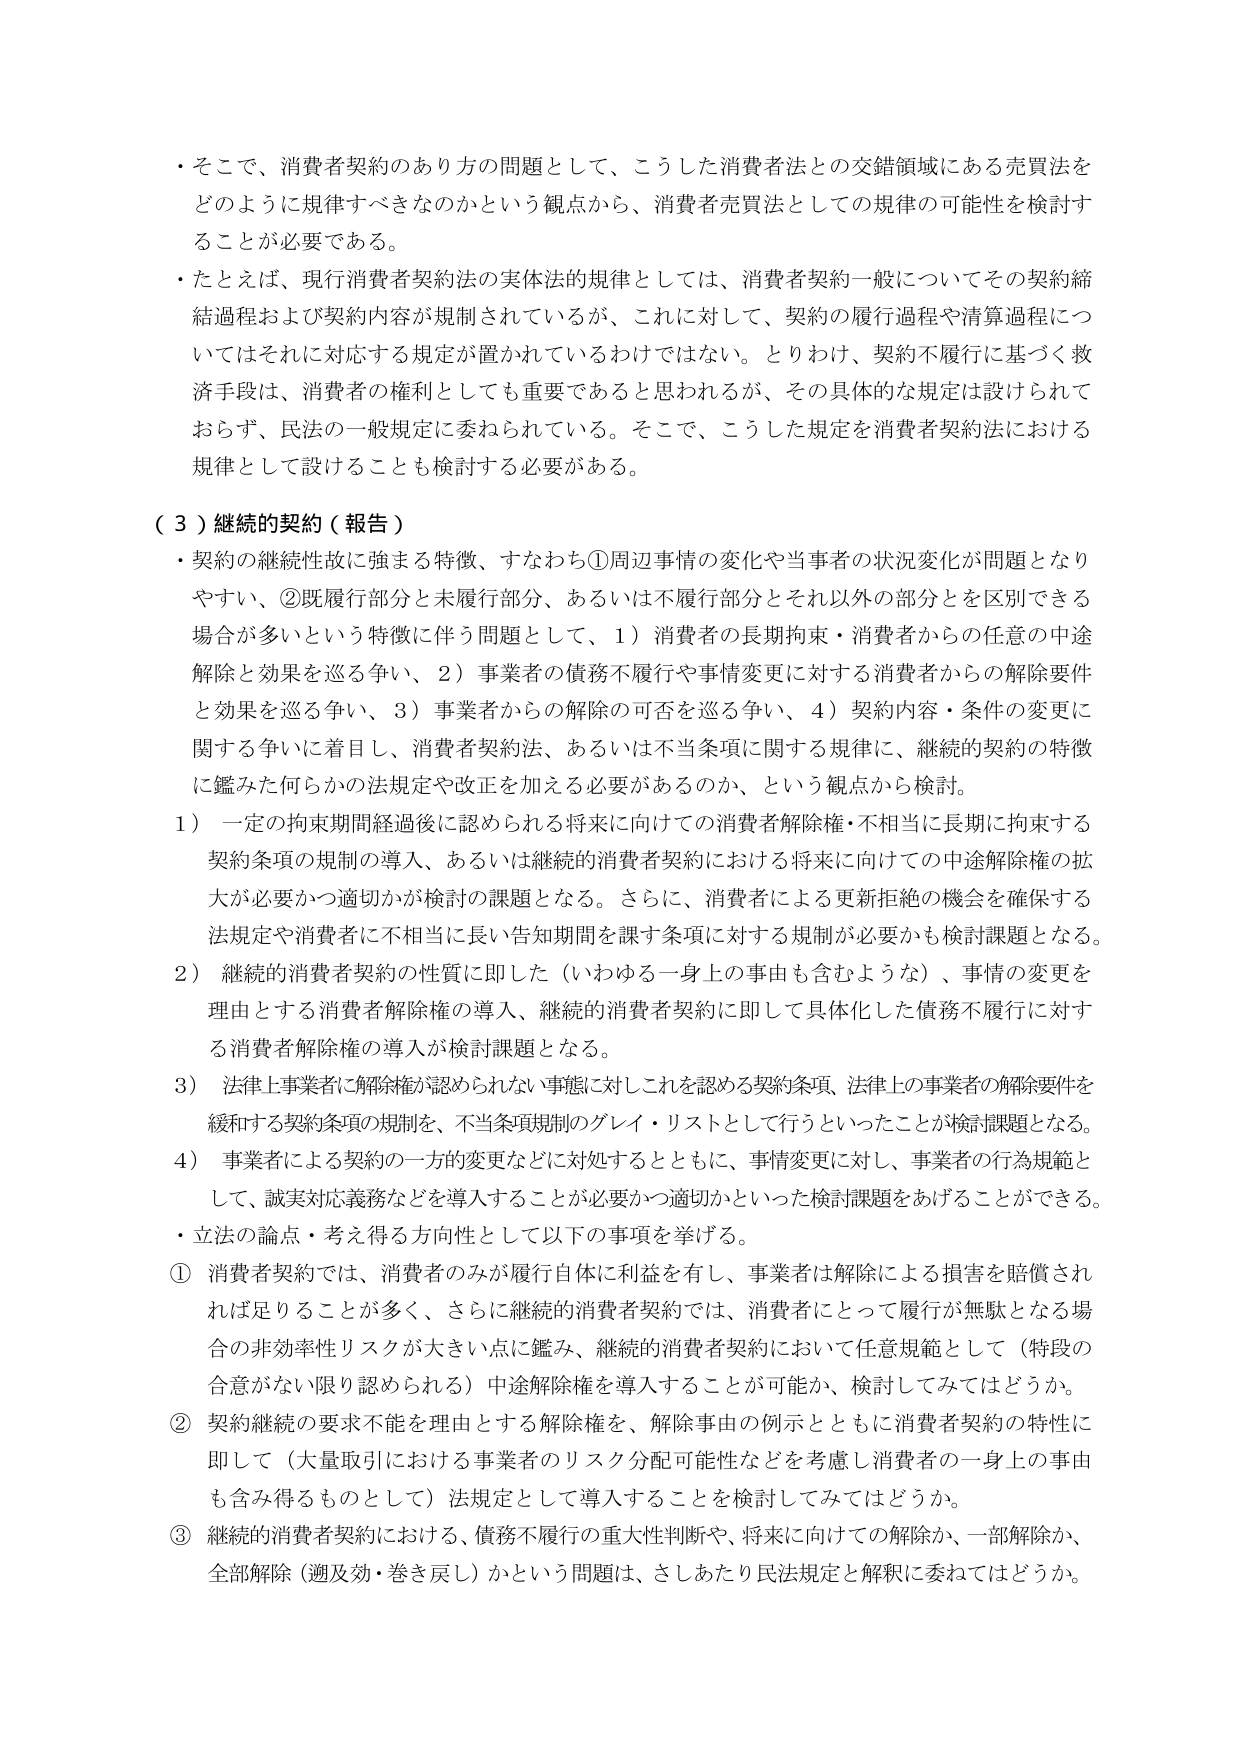
・そこで、消費者契約のあり方の問題として、こうした消費者法との交錯領域にある売買法をどのように規律すべきなのかという観点から、消費者売買法としての規律の可能性を検討することが必要である。

・たとえば、現行消費者契約法の実体法的規律としては、消費者契約一般についてその契約締結過程および契約内容が規制されているが、これに対して、契約の履行過程や清算過程についてはそれに対応する規定が置かれているわけではない。とりわけ、契約不履行に基づく救済手段は、消費者の権利としても重要であると思われるが、その具体的な規定は設けられておらず、民法の一般規定に委ねられている。そこで、こうした規定を消費者契約法における規律として設けることも検討する必要がある。

（３）継続的契約（報告）

・契約の継続性故に強まる特徴、すなわち①周辺事情の変化や当事者の状況変化が問題となりやすい、②既履行部分と未履行部分、あるいは不履行部分とそれ以外の部分とを区別できる場合が多いという特徴に伴う問題として、1）消費者の長期拘束・消費者からの任意の中途解除と効果を巡る争い、2）事業者の債務不履行や事情変更に対する消費者からの解除要件と効果を巡る争い、3）事業者からの解除の可否を巡る争い、4）契約内容・条件の変更に関する争いに着目し、消費者契約法、あるいは不当条項に関する規律に、継続的契約の特徴に鑑みた何らかの法規定や改正を加える必要があるのか、という観点から検討。

1）一定の拘束期間経過後に認められる将来に向けての消費者解除権・不相当に長期に拘束する契約条項の規制の導入、あるいは継続的消費者契約における将来に向けての中途解除権の拡大が必要か→適切かが検討の課題となる。さらに、消費者による更新拒絶の機会を確保する法規定や消費者に不相当に長い告知期間を課す条項に対する規制が必要かも検討課題となる。

2）継続的消費者契約の性質に即した（いわゆる一身上の事由も含むような）、事情の変更を理由とする消費者解除権の導入、継続的消費者契約に即して具体化した債務不履行に対する消費者解除権の導入が検討課題となる。

3）法律上事業者に解除権が認められない事態に対しこれを認める契約条項、法律上の事業者の解除要件を緩和する契約条項の規制を、不当条項規制のグレイ・リストとして行うといったことが検討課題となる。

4）事業者による契約の一方的変更などに対処するとともに、事情変更に対し、事業者の行為規範として、誠実対応義務などを導入することが必要か→適切かといった検討課題をあげることができる。

・立法の論点・考え得る方向性として以下の事項を挙げる。

① 消費者契約では、消費者のみが履行自体に利益を有し、事業者は解除による損害を賠償されれば足りることが多く、さらに継続的消費者契約では、消費者にとって履行が無駄となる場合の非効率性リスクが大きい点に鑑み、継続的消費者契約において任意規範として（特段の合意がない限り認められる）中途解除権を導入することが可能か、検討してみてはどうか。

② 契約継続の要求不能を理由とする解除権を、解除事由の例示とともに消費者契約の特性に即して（大量取引における事業者のリスク分配可能性などを考慮し消費者の一身上の事由も含み得るものとして）法規定として導入することを検討してみてはどうか。

③ 継続的消費者契約における、債務不履行の重大性判断や、将来に向けての解除か、一部解除か、全部解除（遡及効・巻き戻し）かという問題は、さしあたり民法規定と解釈に委ねてはどうか。